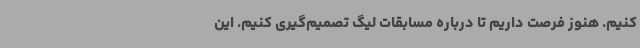
کنیم. هنوز فرصت داریم تا درباره مسابقات لیگ تصمیم‌گیری کنیم. این